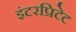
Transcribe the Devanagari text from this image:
इंटरप्रिटेट